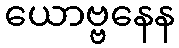
ယောဗ္ဗနေန